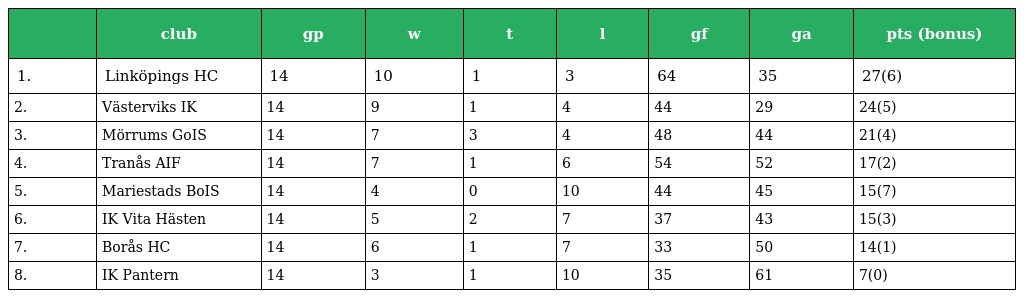
|  | club | gp | w | t | l | gf | ga | pts (bonus) |
 | --- | --- | --- | --- | --- | --- | --- | --- | --- |
 | 1. | Linköpings HC | 14 | 10 | 1 | 3 | 64 | 35 | 27(6) |
 | 2. | Västerviks IK | 14 | 9 | 1 | 4 | 44 | 29 | 24(5) |
 | 3. | Mörrums GoIS | 14 | 7 | 3 | 4 | 48 | 44 | 21(4) |
 | 4. | Tranås AIF | 14 | 7 | 1 | 6 | 54 | 52 | 17(2) |
 | 5. | Mariestads BoIS | 14 | 4 | 0 | 10 | 44 | 45 | 15(7) |
 | 6. | IK Vita Hästen | 14 | 5 | 2 | 7 | 37 | 43 | 15(3) |
 | 7. | Borås HC | 14 | 6 | 1 | 7 | 33 | 50 | 14(1) |
 | 8. | IK Pantern | 14 | 3 | 1 | 10 | 35 | 61 | 7(0) |